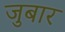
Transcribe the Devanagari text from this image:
जुबार